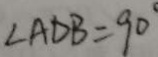
\angle A D B = 9 0 ^ { \circ }